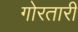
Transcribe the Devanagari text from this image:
गोरतारी